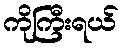
ကိုကြီးရယ်